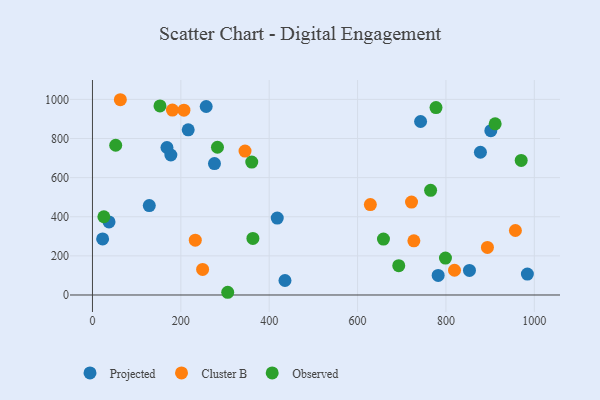
{"axis": {"x": "Experience", "y": "Profit"}, "legend": ["Cluster B", "Observed", "Projected"], "data": [{"x": "878.0", "y": 729.8, "type": "Projected"}, {"x": "435.7", "y": 74.0, "type": "Projected"}, {"x": "257.4", "y": 963.7, "type": "Projected"}, {"x": "276.1", "y": 672.1, "type": "Projected"}, {"x": "177.4", "y": 715.8, "type": "Projected"}, {"x": "853.2", "y": 125.6, "type": "Projected"}, {"x": "168.6", "y": 754.0, "type": "Projected"}, {"x": "742.6", "y": 887.0, "type": "Projected"}, {"x": "984.3", "y": 106.8, "type": "Projected"}, {"x": "418.2", "y": 393.3, "type": "Projected"}, {"x": "901.6", "y": 840.1, "type": "Projected"}, {"x": "23.0", "y": 286.7, "type": "Projected"}, {"x": "37.5", "y": 373.4, "type": "Projected"}, {"x": "782.4", "y": 99.9, "type": "Projected"}, {"x": "128.6", "y": 457.2, "type": "Projected"}, {"x": "216.7", "y": 844.5, "type": "Projected"}, {"x": "819.4", "y": 126.4, "type": "Cluster B"}, {"x": "181.0", "y": 945.6, "type": "Cluster B"}, {"x": "249.3", "y": 130.7, "type": "Cluster B"}, {"x": "232.7", "y": 280.2, "type": "Cluster B"}, {"x": "957.2", "y": 329.7, "type": "Cluster B"}, {"x": "727.4", "y": 276.7, "type": "Cluster B"}, {"x": "345.3", "y": 735.9, "type": "Cluster B"}, {"x": "893.9", "y": 243.3, "type": "Cluster B"}, {"x": "722.1", "y": 475.0, "type": "Cluster B"}, {"x": "628.9", "y": 462.3, "type": "Cluster B"}, {"x": "63.1", "y": 998.3, "type": "Cluster B"}, {"x": "207.0", "y": 945.1, "type": "Cluster B"}, {"x": "798.9", "y": 189.0, "type": "Observed"}, {"x": "765.3", "y": 534.9, "type": "Observed"}, {"x": "360.5", "y": 679.7, "type": "Observed"}, {"x": "282.9", "y": 755.3, "type": "Observed"}, {"x": "911.4", "y": 875.0, "type": "Observed"}, {"x": "658.6", "y": 286.1, "type": "Observed"}, {"x": "25.8", "y": 399.9, "type": "Observed"}, {"x": "363.1", "y": 289.1, "type": "Observed"}, {"x": "693.2", "y": 149.8, "type": "Observed"}, {"x": "777.5", "y": 958.1, "type": "Observed"}, {"x": "52.6", "y": 765.5, "type": "Observed"}, {"x": "306.1", "y": 13.9, "type": "Observed"}, {"x": "970.3", "y": 688.2, "type": "Observed"}, {"x": "152.8", "y": 966.7, "type": "Observed"}]}